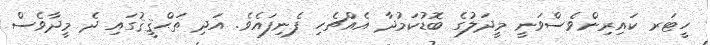
ހީޓަރ ކައިރިންވެސްވަނީ މީދަލުގެ ބޮޑުކަމުދާ އެއްޗެހި ފެނިފައެވެ. އަދި ތަޙްޤީޤުގައި ދެ މީދާވެސް